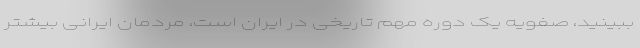
ببینید، صفویه یک دوره مهم تاریخی در ایران است، مردمان ایرانی بیشتر